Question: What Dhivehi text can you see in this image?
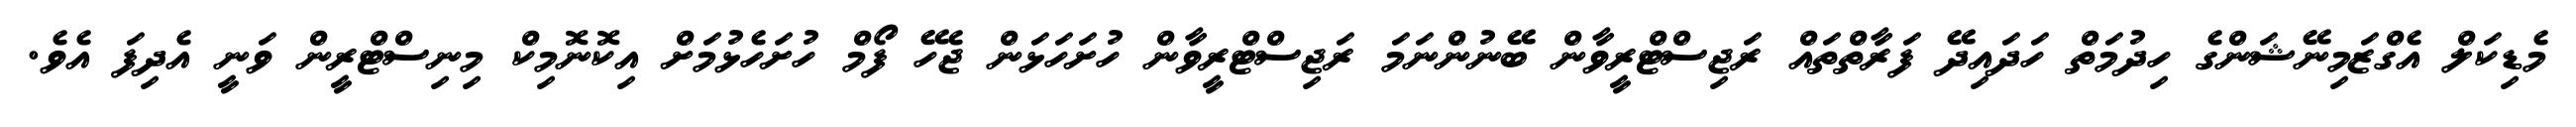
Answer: މެޑިކަލް އެގްޒަމިނޭޝަންގެ ހިދުމަތް ހަދައިދޭ ފަރާތްތައް ރަޖިސްޓްރީވާން ބޭނުންނަމަ ރަޖިސްޓްރީވާން ހުށަހަޅަން ޖެހޭ ފޯމް ހުށަހެޅުމަށް އިކޮނޮމިކް މިނިސްޓްރީން ވަނީ އެދިފަ އެވެ.